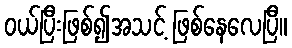
ဝယ်ပြီးဖြစ်၍အသင့် ဖြစ်နေလေပြီ။